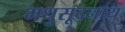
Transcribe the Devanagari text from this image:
मधुसूदनाय